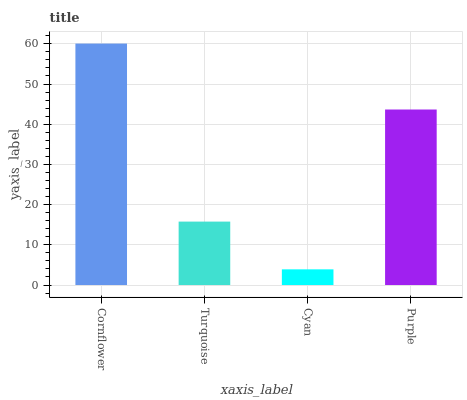
| xaxis_label | bars |
 | --- | --- |
 | Cornflower | 60.1 |
 | Turquoise | 15.8 |
 | Cyan | 3.9 |
 | Purple | 43.7 |